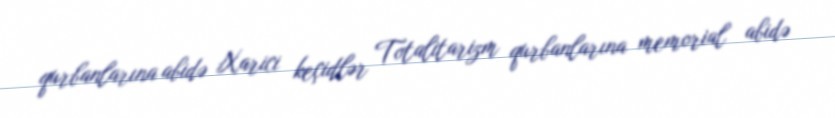
qurbanlarına abidə Xarici keçidlər Totalitarizm qurbanlarına memorial abidə